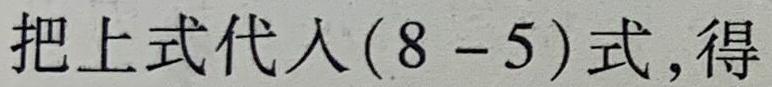
把上式代入$(8 - 5)$式,得